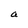
Character: l